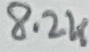
Text: 8.2K